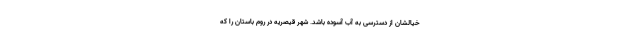
خیالشان از دسترسی به آب آسوده باشد. شهر قیصریه در روم باستان را که